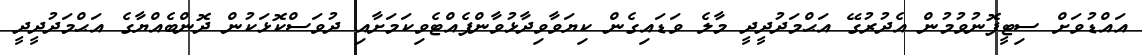
އައްޑުވަށް ސިޓީފޮނުވުމުން އެދުރުގޭ އަޙްމަދުދީދީ މާލެ ވަޑައިގެން ކިޔަވާވިދާޅުވާންފެއްޓެވިކަމަށާއި ދުވަސްކޮޅަކުން ދޮންބެއްޔާގެ އަޙްމަދުދީދީ